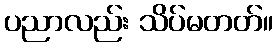
ပညာလည်း သိပ်မတတ်။